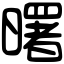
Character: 曙